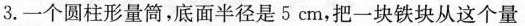
3.一个圆柱形量筒，底面半径是5cm，把一块铁块从这个量